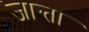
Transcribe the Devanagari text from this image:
जान्ता